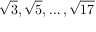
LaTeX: { \sqrt { 3 } } , { \sqrt { 5 } } , \dots , { \sqrt { 1 7 } }